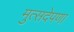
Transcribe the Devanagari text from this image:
मुत्सदेपणा